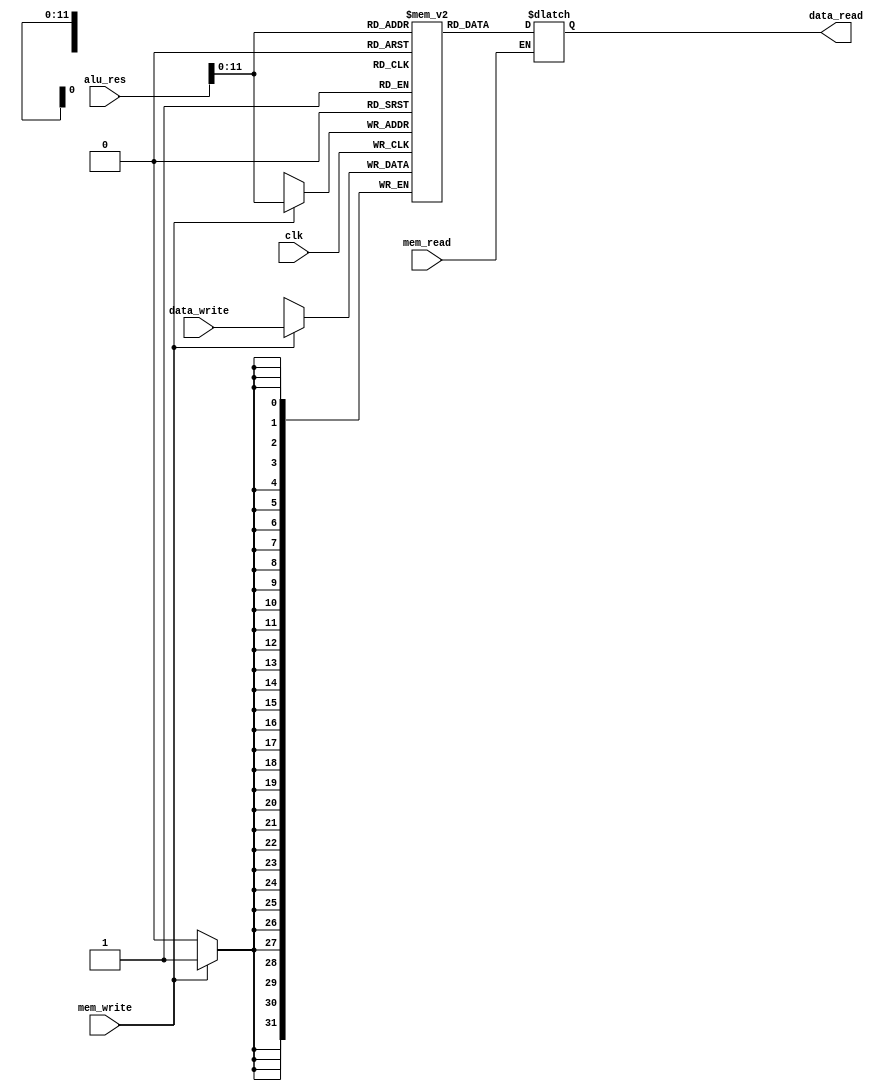
module Mem_Data(data_read,data_write,alu_res,mem_read,mem_write,clk);
output reg [31:0] data_read;
input [31:0] data_write ;
input [31:0] alu_res;
input mem_read;
input mem_write;
input clk;
reg [31:0] mem[0:4000];
integer i;
initial begin
for (i=0;i<4000;i=i+1) mem[i]<=0;
end
always @ (data_write or alu_res or mem_read ) begin
if (mem_read==1)  data_read <= mem[alu_res];
end
always @(negedge clk)begin
if (mem_write==1) begin
 mem[alu_res] <= data_write;
 $display("Mem[%d] = %b",alu_res,mem[alu_res]);
 end
end
endmodule